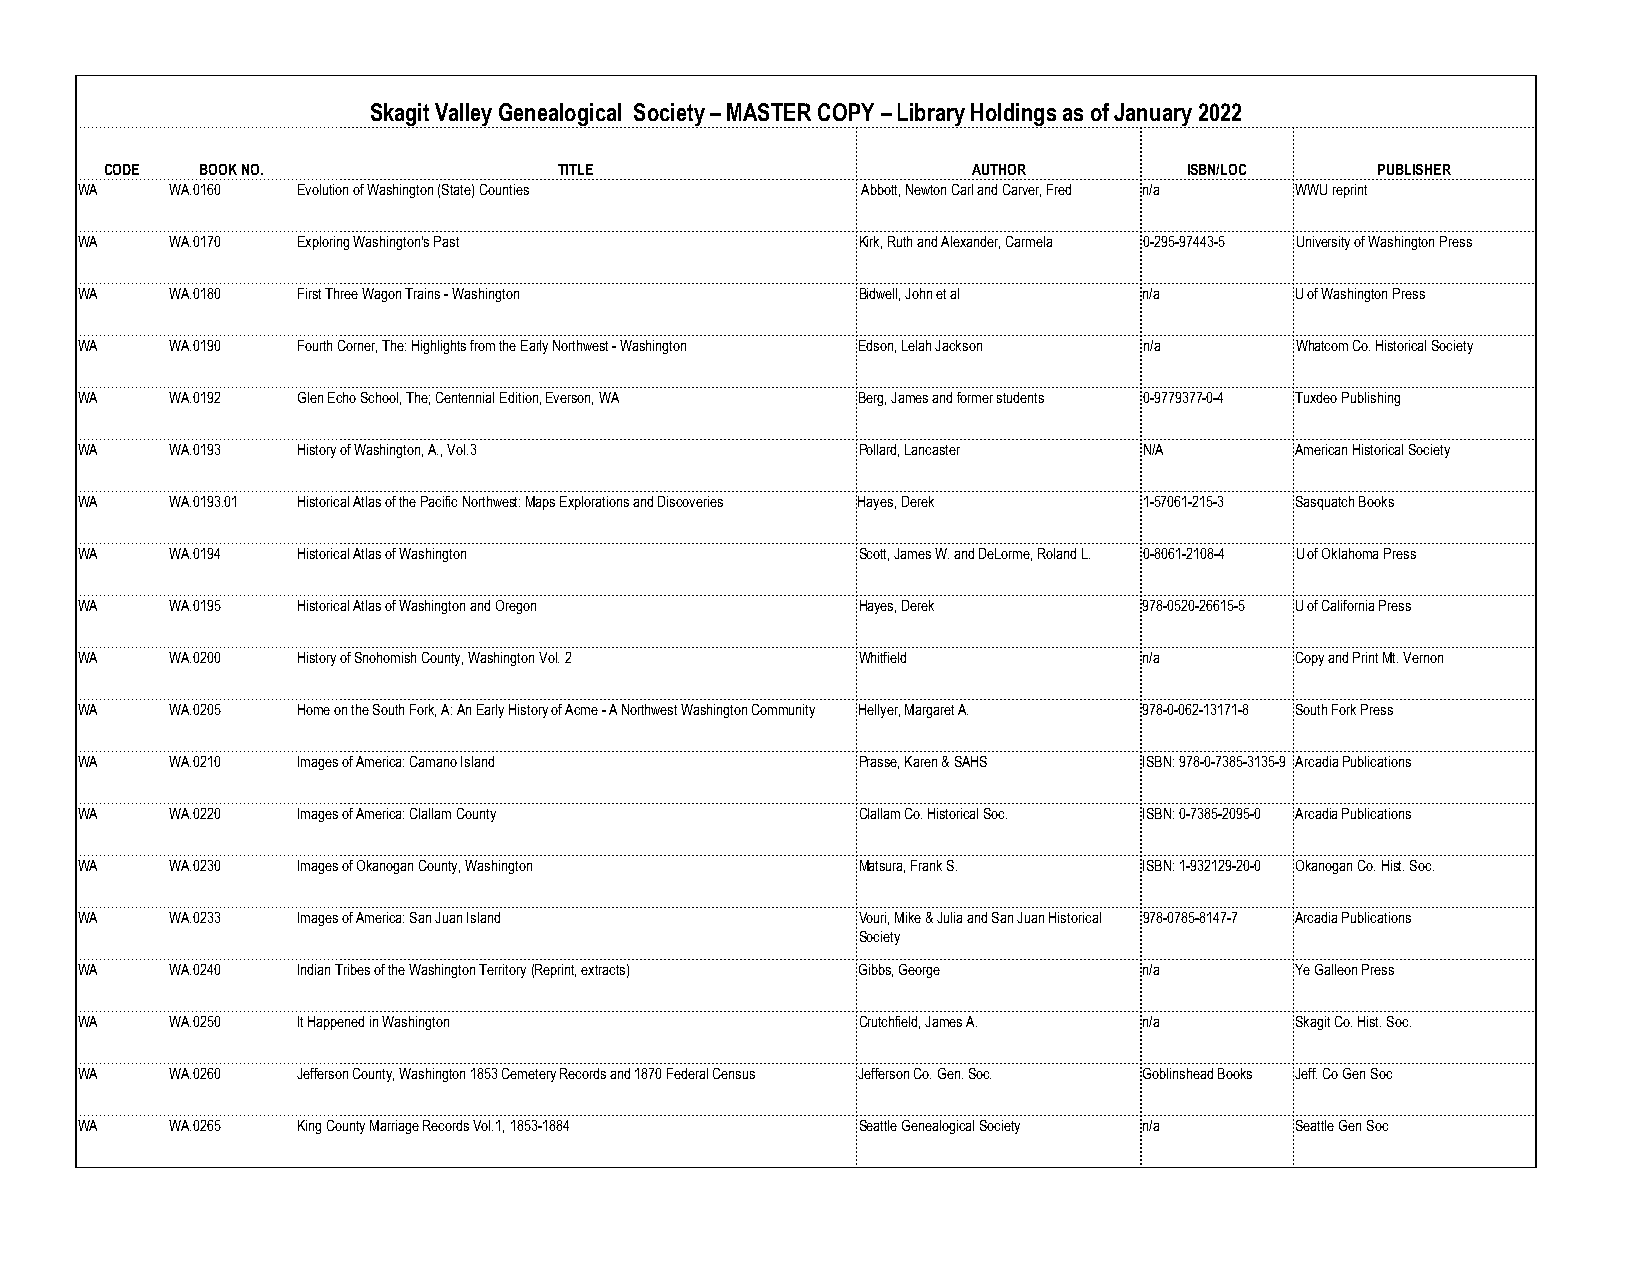
Skagit Valley Genealogical Society – MASTER COPY – Library Holdings as of January 2022
 CODE  BOOK NO.                TITLE                      AUTHOR         ISBN/LOC    PUBLISHER
 WA    WA.0160  Evolution of Washington (State) Counties Abbott, Newton Carl and Carver, Fred n/a WWU reprint
 WA    WA.0170  Exploring Washington's Past          Kirk, Ruth and Alexander, Carmela 0-295-97443-5 University of Washington Press
 WA    WA.0180  First Three Wagon Trains - Washington Bidwell, John et al n/a     U of Washington Press
 WA    WA.0190  Fourth Corner, The: Highlights from the Early Northwest - Washington Edson, Lelah Jackson n/a Whatcom Co. Historical Society
 WA    WA.0192  Glen Echo School, The; Centennial Edition, Everson, WA Berg, James and former students 0-9779377-0-4 Tuxdeo Publishing
 WA    WA.0193  History of Washington, A., Vol.3     Pollard, Lancaster N/A       American Historical Society
 WA    WA.0193.01 Historical Atlas of the Pacific Northwest: Maps Explorations and Discoveries Hayes, Derek 1-57061-215-3 Sasquatch Books
 WA    WA.0194  Historical Atlas of Washington       Scott, James W. and DeLorme, Roland L. 0-8061-2108-4 U of Oklahoma Press
 WA    WA.0195  Historical Atlas of Washington and Oregon Hayes, Derek  978-0520-26615-5 U of California Press
 WA    WA.0200  History of Snohomish County, Washington Vol. 2 Whitfield n/a      Copy and Print Mt. Vernon
 WA    WA.0205  Home on the South Fork, A: An Early History of Acme - A Northwest Washington Community Hellyer, Margaret A. 978-0-062-13171-8 South Fork Press
 WA    WA.0210  Images of America: Camano Island     Prasse, Karen & SAHS ISBN: 978-0-7385-3135-9 Arcadia Publications
 WA    WA.0220  Images of America: Clallam County    Clallam Co. Historical Soc. ISBN: 0-7385-2095-0 Arcadia Publications
 WA    WA.0230  Images of Okanogan County, Washington Matsura, Frank S. ISBN: 1-932129-20-0 Okanogan Co. Hist. Soc.
 WA    WA.0233  Images of America: San Juan Island   Vouri, Mike & Julia and San Juan Historical 978-0785-8147-7 Arcadia Publications
 Society
 WA    WA.0240  Indian Tribes of the Washington Territory (Reprint, extracts) Gibbs, George n/a Ye Galleon Press
 WA    WA.0250  It Happened in Washington            Crutchfield, James A. n/a    Skagit Co. Hist. Soc.
 WA    WA.0260  Jefferson County, Washington 1853 Cemetery Records and 1870 Federal Census Jefferson Co. Gen. Soc. Goblinshead Books Jeff. Co Gen Soc
 WA    WA.0265  King County Marriage Records Vol.1, 1853-1884 Seattle Genealogical Society n/a Seattle Gen Soc